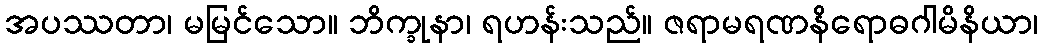
အပဿတာ၊ မမြင်သော။ ဘိက္ခုနာ၊ ရဟန်းသည်။ ဇရာမရဏနိရောဓဂါမိနိယာ၊